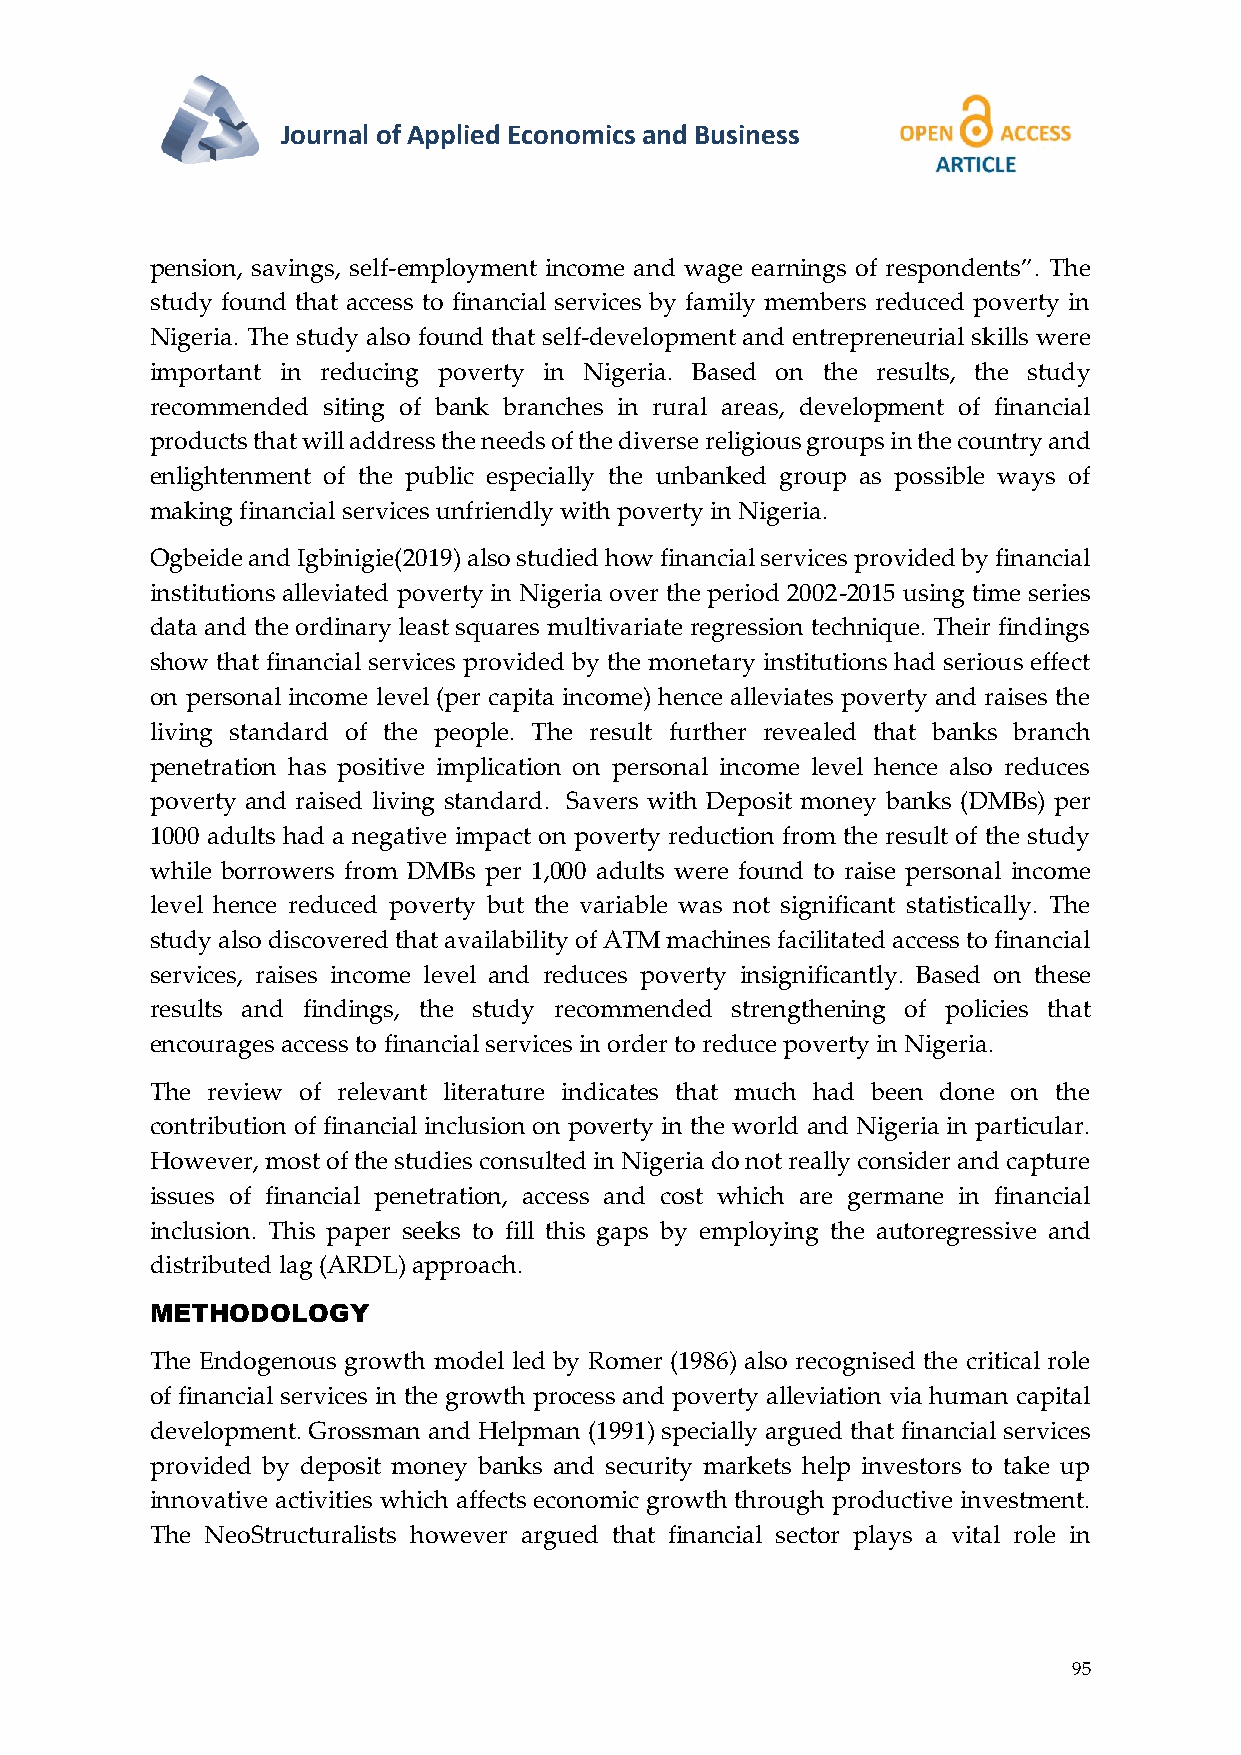
Journal of Applied Economics and Business
 pension, savings, self-employment income and wage earnings of respondents”. The
 study found that access to financial services by family members reduced poverty in
 Nigeria. The study also found that self-development and entrepreneurial skills were
 important in reducing poverty in Nigeria. Based on the results, the study
 recommended siting of bank branches in rural areas, development of financial
 products that will address the needs of the diverse religious groups in the country and
 enlightenment of the public especially the unbanked group as possible ways of
 making financial services unfriendly with poverty in Nigeria.
 Ogbeide and Igbinigie(2019) also studied how financial services provided by financial
 institutions alleviated poverty in Nigeria over the period 2002-2015 using time series
 data and the ordinary least squares multivariate regression technique. Their findings
 show that financial services provided by the monetary institutions had serious effect
 on personal income level (per capita income) hence alleviates poverty and raises the
 living standard of the people. The result further revealed that banks branch
 penetration has positive implication on personal income level hence also reduces
 poverty and raised living standard. Savers with Deposit money banks (DMBs) per
 1000 adults had a negative impact on poverty reduction from the result of the study
 while borrowers from DMBs per 1,000 adults were found to raise personal income
 level hence reduced poverty but the variable was not significant statistically. The
 study also discovered that availability of ATM machines facilitated access to financial
 services, raises income level and reduces poverty insignificantly. Based on these
 results and findings, the study recommended strengthening of policies that
 encourages access to financial services in order to reduce poverty in Nigeria.
 The review of relevant literature indicates that much had been done on the
 contribution of financial inclusion on poverty in the world and Nigeria in particular.
 However, most of the studies consulted in Nigeria do not really consider and capture
 issues of financial penetration, access and cost which are germane in financial
 inclusion. This paper seeks to fill this gaps by employing the autoregressive and
 distributed lag (ARDL) approach.
 METHODOLOGY
 The Endogenous growth model led by Romer (1986) also recognised the critical role
 of financial services in the growth process and poverty alleviation via human capital
 development. Grossman and Helpman (1991) specially argued that financial services
 provided by deposit money banks and security markets help investors to take up
 innovative activities which affects economic growth through productive investment.
 The NeoStructuralists however argued that financial sector plays a vital role in
 95